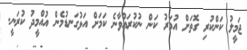
ޖަމީލު ކަންކުރި ގޮތަށް އުމަރު ކަން ނުކުރައްވާނެ ކަމަށް އަޅުގަނޑުމެން އުއްމީދު ކުރަނީ.